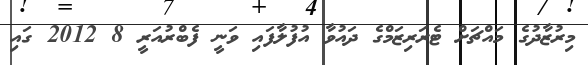
މިރުޒާދުގެ މައްޗަށް ޓެރަރިޒަމްގެ ދައުވާ އުފުލާފައި ވަނީ ފެބްރުއަރީ 8 2012 ގައި